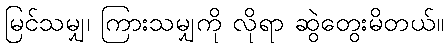
မြင်သမျှ၊ ကြားသမျှကို လိုရာ ဆွဲတွေးမိတယ်။